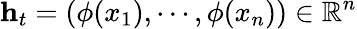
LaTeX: \mathbf{h}_{t}=(\phi(x_{1}),\cdots,\phi(x_{n}))\in\mathbb{R}^{n}